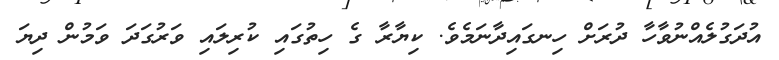
އުދަގުލެއްނުވާހާ ދުރަށް ހިނގައިދާނަމެވެ. ކިޔާރާ ގެ ހިތުގައި ކުރިލައި ވަރުގަދަ ވަމުން ދިޔަ